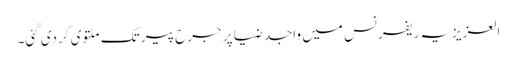
العزیزیہ ریفرنس میں واجد ضیا پر جرح پیر تک ملتوی کردی گئی۔